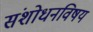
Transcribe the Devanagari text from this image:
संशोधनविषय